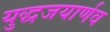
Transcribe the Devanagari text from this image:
युद्धजयार्णव